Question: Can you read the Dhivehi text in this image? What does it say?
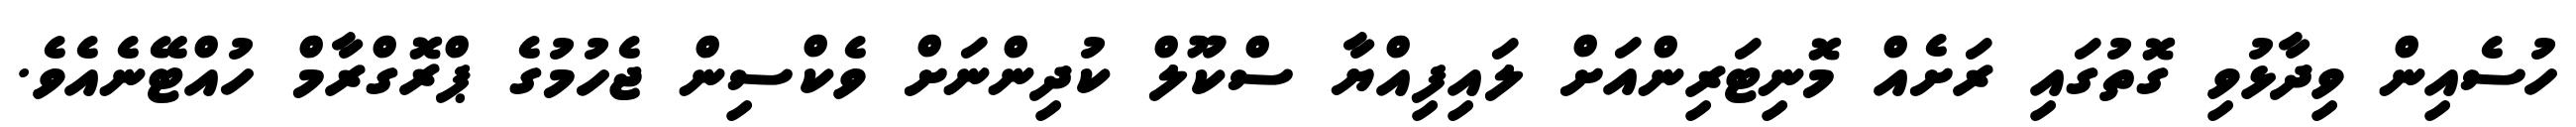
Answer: ހުސެއިން ވިދާޅުވި ގޮތުގައި ރަށެއް މޮނިޓަރިންއަށް ލައިފިއްޔާ ސްކޫލް ކުދިންނަށް ވެކްސިން ޖެހުމުގެ ޕްރޮގްރާމް ހުއްޓޭނެއެވެ.